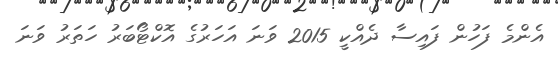
އެންމެ ފަހުން ފައިސާ ދެއްކީ 2015 ވަނަ އަހަރުގެ އޮކްޓޯބަރު ހަތަރު ވަނަ